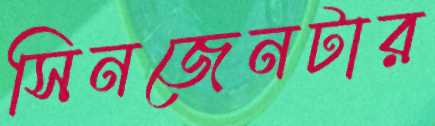
সিনজেনটার